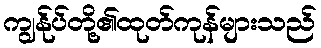
ကျွန်ုပ်တို့၏ထုတ်ကုန်များသည်